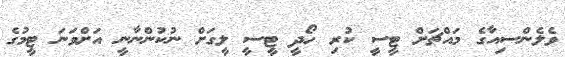
ވެލެންސިއާގެ މައްޗަށް ޓީސީ ކުރި ހޯދީ ޓީސީ ލީގަށް ނުކުންނާނީ އަށްވަނަ ޓީމުގެ